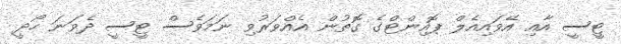
ޓީސީ އާއި އޭވައިއެލް ޕޮއިންޓްގެ ގޮތުން އެއްވަރުވި ނަމަވެސް ޓީސީ ދެވަނަ ހޯދީ